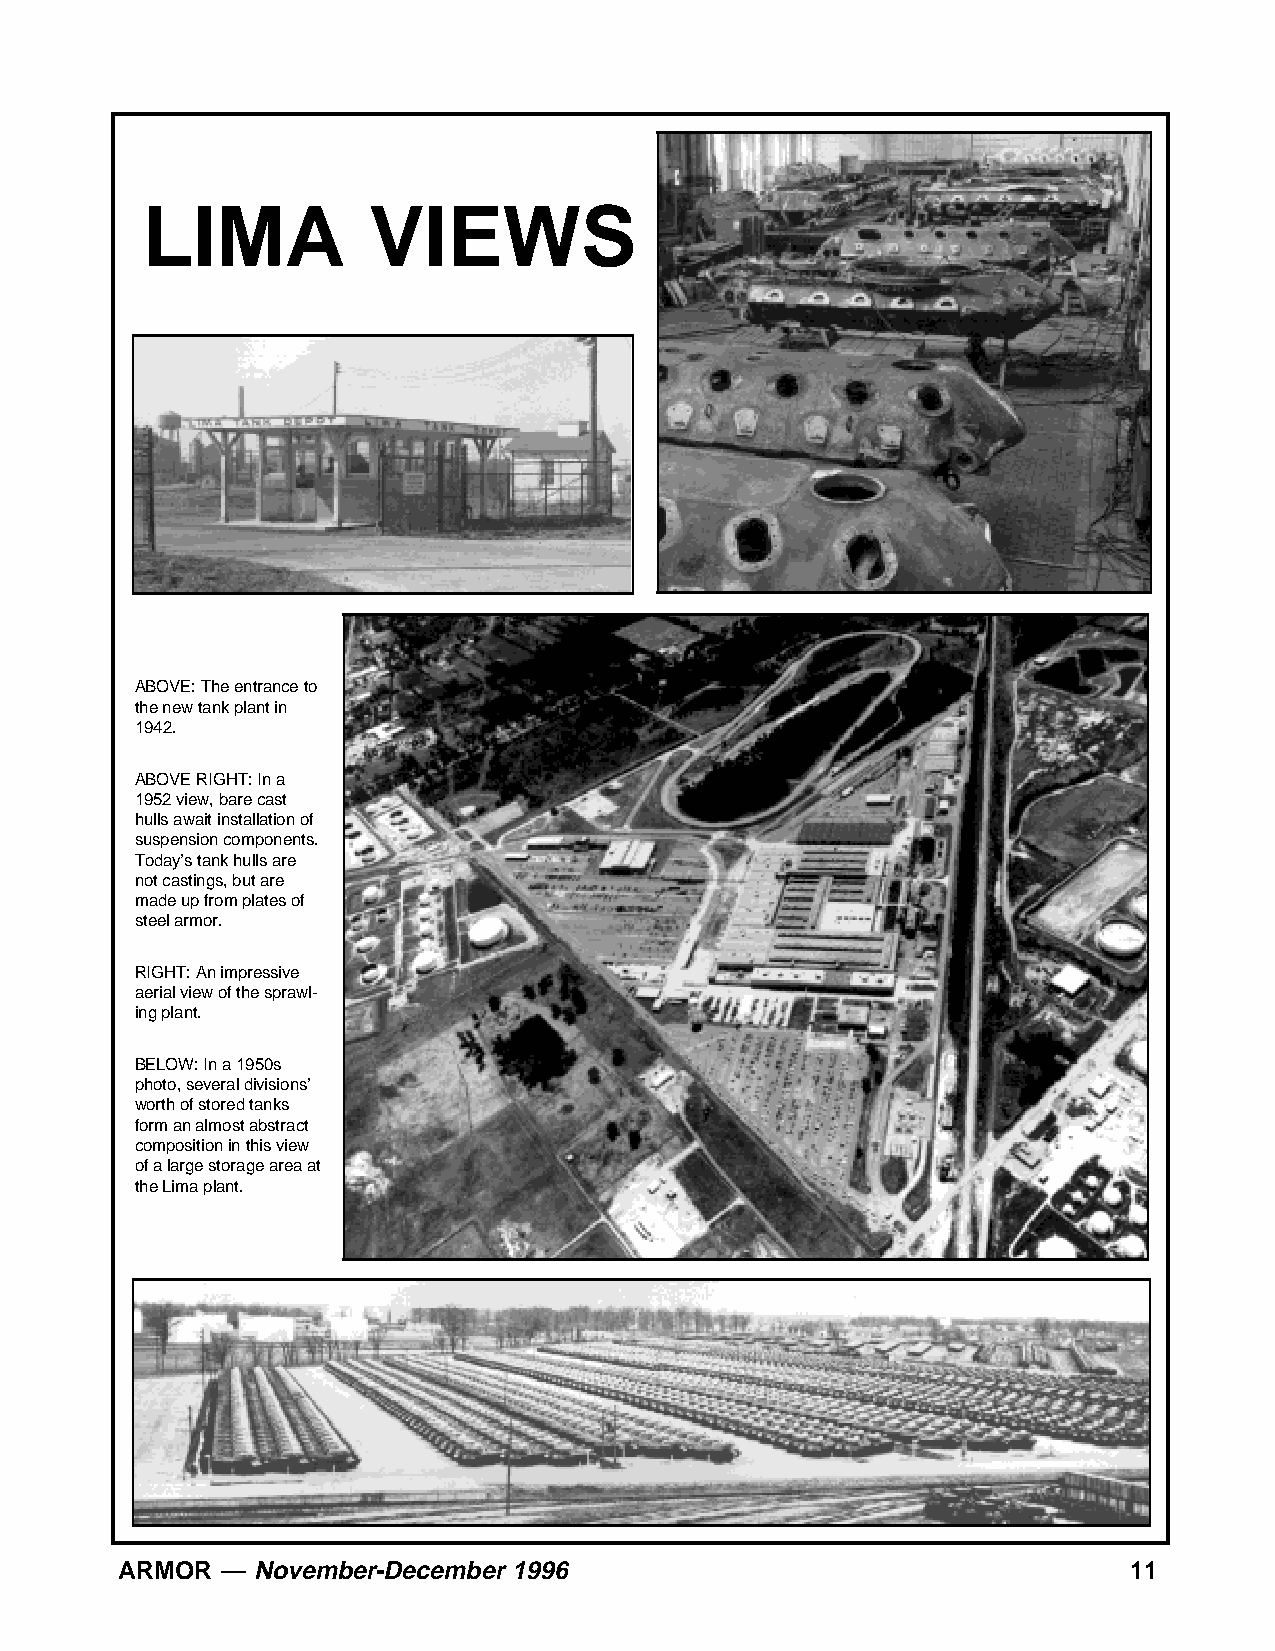
LIMA           VIEWS
 ABOVE: The entrance to
 the new tank plant in
 1942.
 ABOVE RIGHT: In a
 1952 view, bare cast
 hulls await installation of
 suspension components.
 Today’s tank hulls are
 not castings, but are
 made up from plates of
 steel armor.
 RIGHT: An impressive
 aerial view of the sprawl-
 ing plant.
 BELOW: In a 1950s
 photo, several divisions’
 worth of stored tanks
 form an almost abstract
 composition in this view
 of a large storage area at
 the Lima plant.
 ARMOR  — November-December 1996                                    11